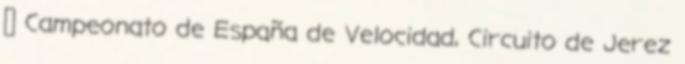
↑ Campeonato de España de Velocidad, Circuito de Jerez